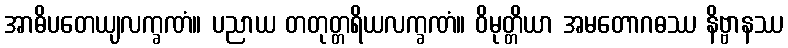
အာဓိပတေယျလက္ခဏံ။ ပညာယ တတုတ္တရိယလက္ခဏံ။ ဝိမုတ္တိယာ အမတောဂဓဿ နိဗ္ဗာနဿ